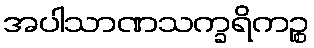
အပါသာဏသက္ခရိကဉ္စ